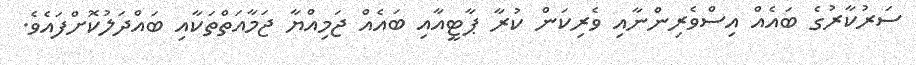
ސަރުކާރުގެ ބައެއް އިސްވެރިންނާއި ވެރިކަން ކުރާ ޕާޓީއާއި ބައެއް ޖަމިއްޔާ ޖަމާއަތްތަކާއި ބައްދަލުކޮށްފައެވެ.